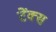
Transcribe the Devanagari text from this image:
टेंक्स